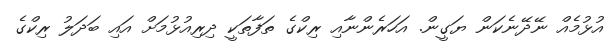
އުޅުމެއް ނޭދޭނެކަން ޔަގީން. އަހަރެންނާއި ރިކްގެ ތަފާތަކީ ދިރިއުޅުމަށް އައި ބަދަލު ރިކްގެ